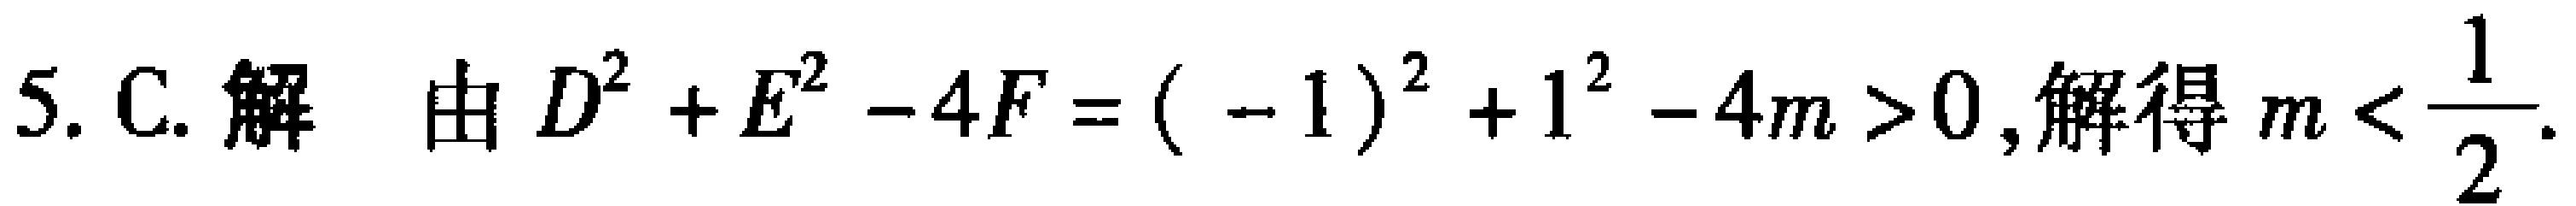
5. C. 解 由 \(D^{2}+E^{2}-4F = (-1)^{2}+1^{2}-4m>0\),解得 \(m<\frac{1}{2}\).